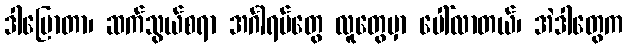
ဒါပြောတာ၊ ဆက်သွယ်စရာ အင်္ဂါရပ်တွေ လူတွေမှာ ပေါ်လာတယ်၊ အဲဒါတွေက